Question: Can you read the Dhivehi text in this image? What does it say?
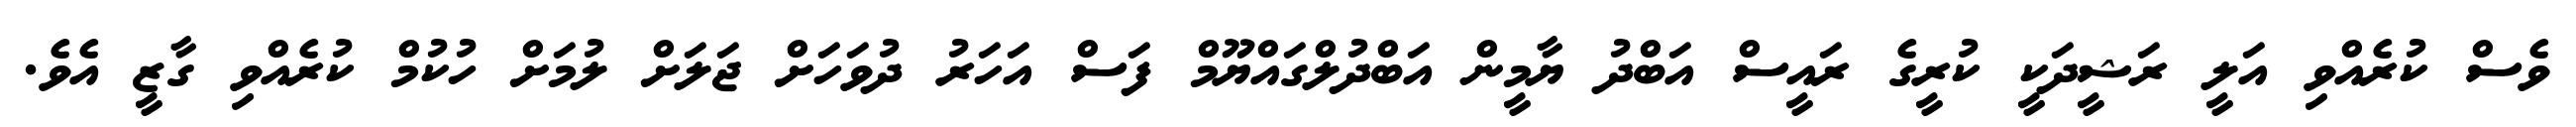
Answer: ވެސް ކުރެއްވި އަލީ ރަޝީދަކީ ކުރީގެ ރައީސް އަބްދު ޔާމީން އަބްދުލްގައްޔޫމް ފަސް އަހަރު ދުވަހަށް ޖަލަށް ލުމަށް ހުކުމް ކުރެއްވި ގާޒީ އެވެ.